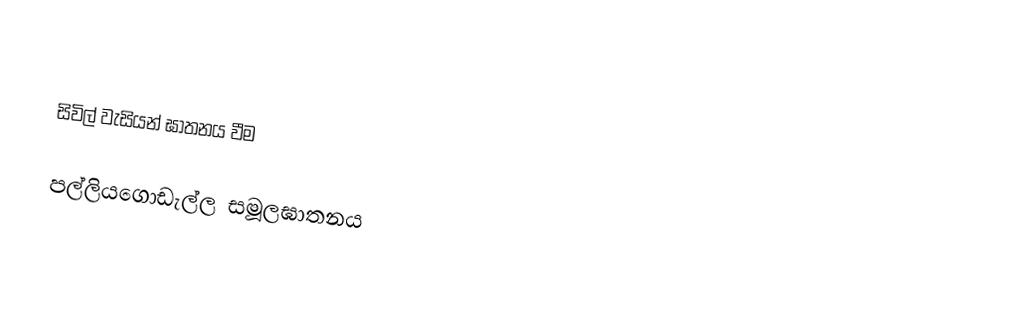

සිවිල් වැසියන් ඝාතනය වීම

පල්ලියගොඩැල්ල සමූලඝාතනය